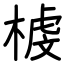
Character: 榩